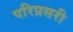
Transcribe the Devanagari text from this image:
परिप्रसरी